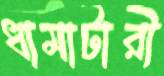
ধামাটারী